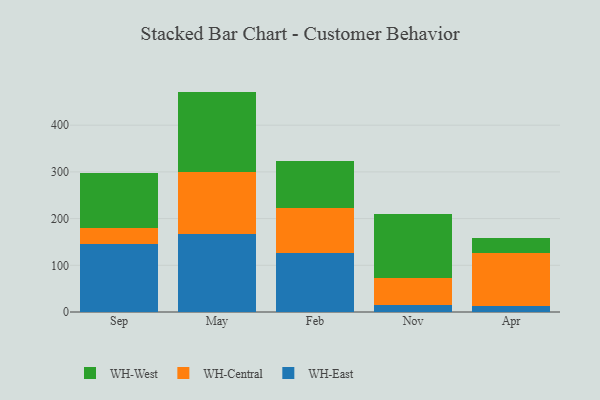
{"axis": {"x": "Month", "y": "Latency (ms)"}, "legend": ["WH-Central", "WH-East", "WH-West"], "data": [{"x": "Sep", "y": 146.0, "type": "WH-East"}, {"x": "Sep", "y": 33.0, "type": "WH-Central"}, {"x": "Sep", "y": 119.3, "type": "WH-West"}, {"x": "May", "y": 166.7, "type": "WH-East"}, {"x": "May", "y": 132.0, "type": "WH-Central"}, {"x": "May", "y": 173.2, "type": "WH-West"}, {"x": "Feb", "y": 126.1, "type": "WH-East"}, {"x": "Feb", "y": 97.3, "type": "WH-Central"}, {"x": "Feb", "y": 100.9, "type": "WH-West"}, {"x": "Nov", "y": 15.2, "type": "WH-East"}, {"x": "Nov", "y": 57.9, "type": "WH-Central"}, {"x": "Nov", "y": 137.2, "type": "WH-West"}, {"x": "Apr", "y": 13.4, "type": "WH-East"}, {"x": "Apr", "y": 112.6, "type": "WH-Central"}, {"x": "Apr", "y": 32.9, "type": "WH-West"}]}